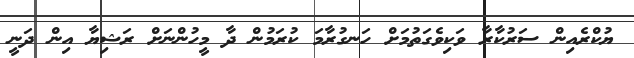
ޔުކްރެއިން ސަރުކާރާ ވަކިވެގަތުމަށް ހަނގުރާމަ ކުރަމުން ދާ މީހުންނަށް ރަޝިޔާ އިން ދަނީ